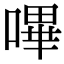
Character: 嗶